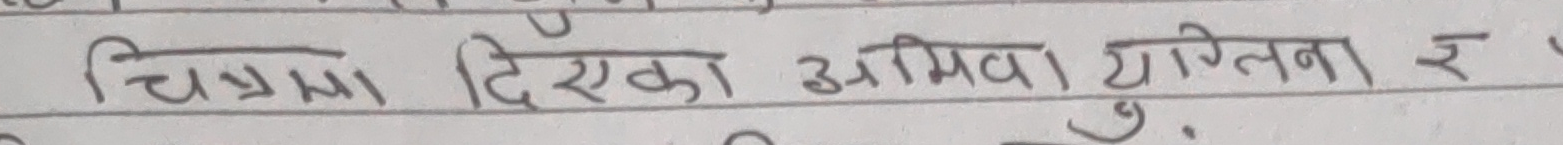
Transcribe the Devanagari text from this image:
चित्रमा दिएका अमिबा युग्लिना र